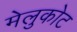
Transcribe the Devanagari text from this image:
मेलुकोट